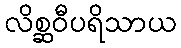
လိစ္ဆဝီပရိသာယ